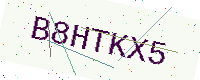
Text: B8HTKX5